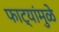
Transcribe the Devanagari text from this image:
फाट्यांमुळे